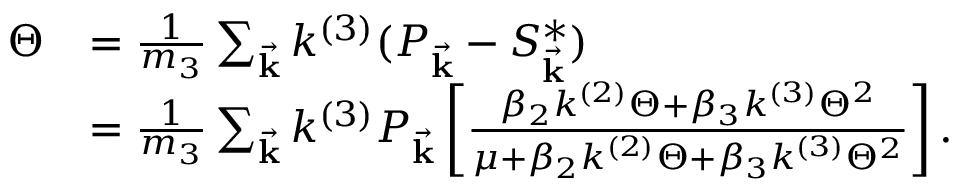
\begin{array} { r l } { \Theta } & { = \frac { 1 } { m _ { 3 } } \sum _ { \vec { \mathbf { k } } } k ^ { ( 3 ) } ( P _ { \vec { \mathbf { k } } } - S _ { \vec { \mathbf { k } } } ^ { * } ) } \\ & { = \frac { 1 } { m _ { 3 } } \sum _ { \vec { \mathbf { k } } } k ^ { ( 3 ) } P _ { \vec { \mathbf { k } } } \left[ \frac { \beta _ { 2 } k ^ { ( 2 ) } \Theta + \beta _ { 3 } k ^ { ( 3 ) } \Theta ^ { 2 } } { \mu + \beta _ { 2 } k ^ { ( 2 ) } \Theta + \beta _ { 3 } k ^ { ( 3 ) } \Theta ^ { 2 } } \right] . } \end{array}